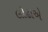
લોઢાએ